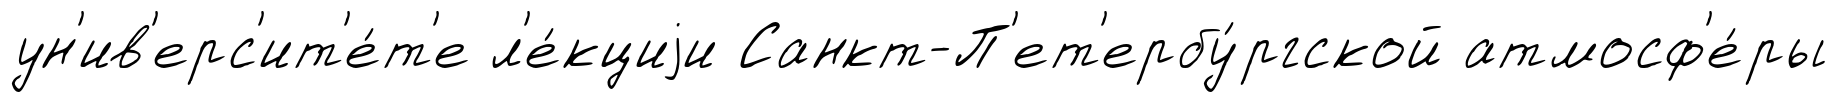
ун'ив'ерс'ит'е́т'е л'е́кциjи Санкт-П'ет'ербу́ргской атмосф'е́ры